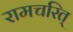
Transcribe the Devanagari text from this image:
रामचरित्